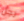
رجل